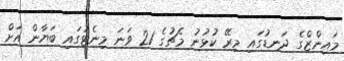
މައިންޒްގެ ދަނޑުގައި މިރޭ ކުޅުނު މެޗުގެ 21 ވަނަ މިނެޓުގައި ބަޔާން އަށް